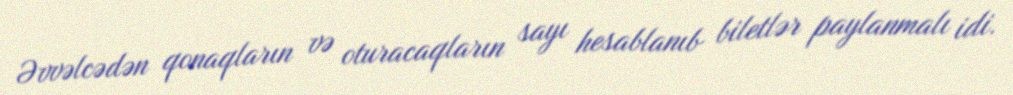
Əvvəlcədən qonaqların və oturacaqların sayı hesablanıb biletlər paylanmalı idi.